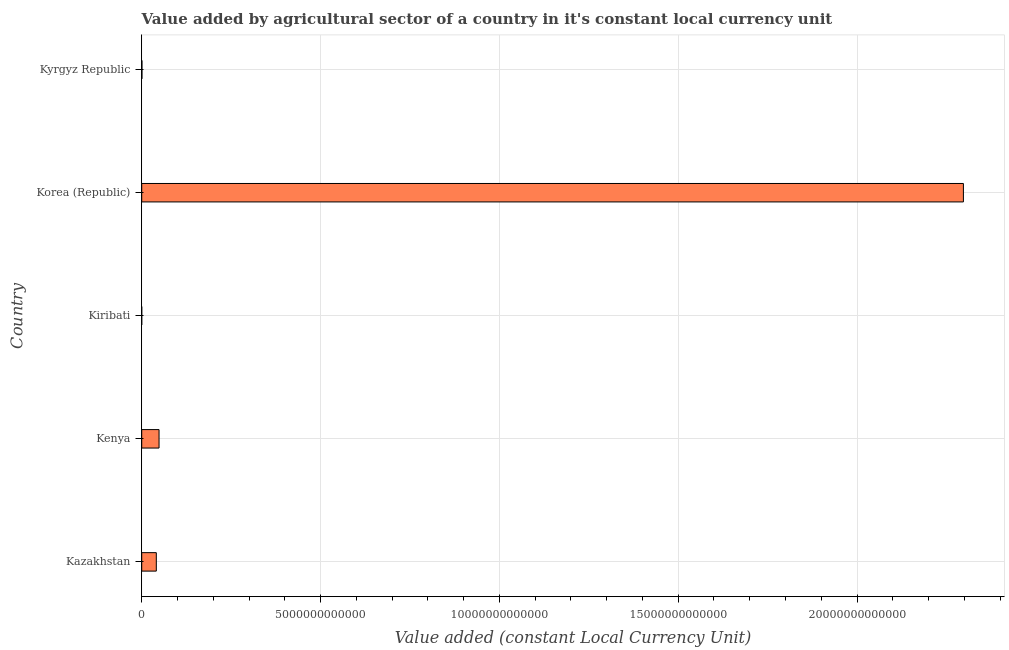
| Country | Agriculture |
 | --- | --- |
 | Kazakhstan | 4.08e+11 |
 | Kenya | 4.84e+11 |
 | Kiribati | 3.56e+07 |
 | Korea (Republic) | 2.3e+13 |
 | Kyrgyz Republic | 6.57e+09 |